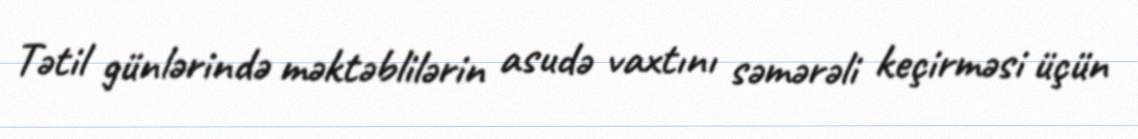
Tətil günlərində məktəblilərin asudə vaxtını səmərəli keçirməsi üçün